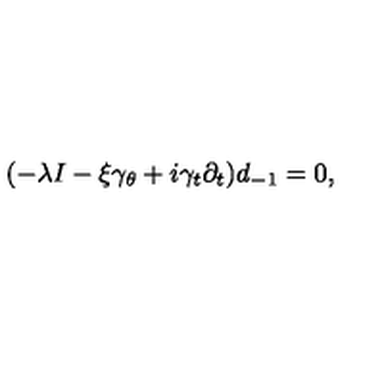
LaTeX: ( - \lambda I - \xi \gamma _ { \theta } + i \gamma _ { t } \partial _ { t } ) d _ { - 1 } = 0 ,